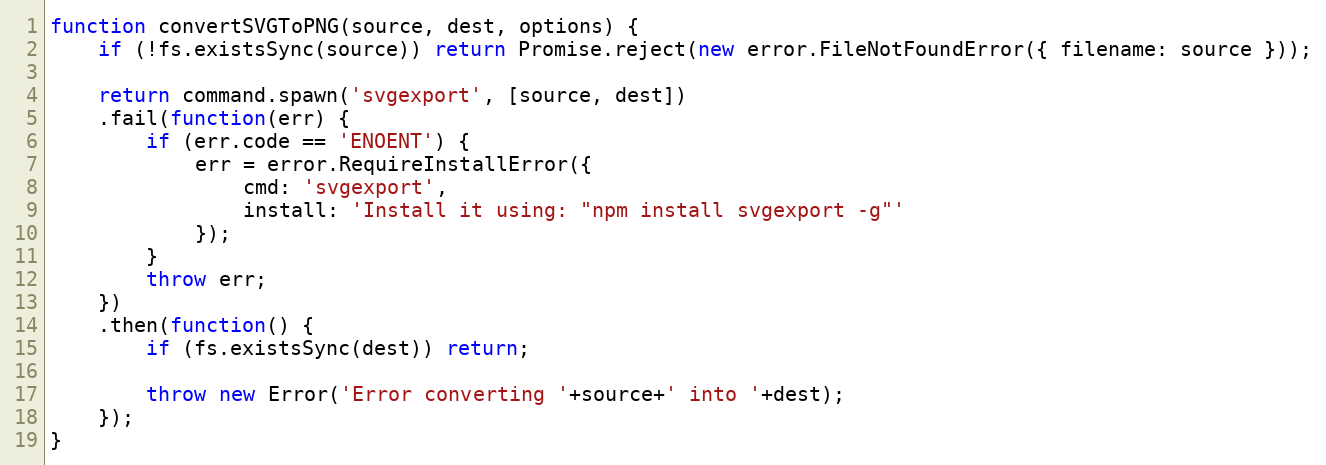
Language: JavaScript
function convertSVGToPNG(source, dest, options) {
    if (!fs.existsSync(source)) return Promise.reject(new error.FileNotFoundError({ filename: source }));

    return command.spawn('svgexport', [source, dest])
    .fail(function(err) {
        if (err.code == 'ENOENT') {
            err = error.RequireInstallError({
                cmd: 'svgexport',
                install: 'Install it using: "npm install svgexport -g"'
            });
        }
        throw err;
    })
    .then(function() {
        if (fs.existsSync(dest)) return;

        throw new Error('Error converting '+source+' into '+dest);
    });
}